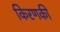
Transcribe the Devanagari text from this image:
किरणकी